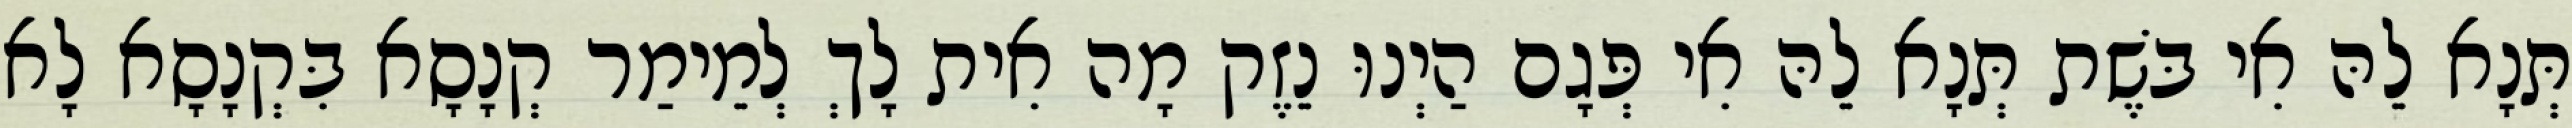
תְּנָא לֵהּ אִי בּשֶׁת תְּנָא לֵהּ אִי פְּגָם הַיְנוּ נֵזֶק מָה אִית לָךְ לְמֵימַר קְנָסָא בִּקְנָסָא לָא